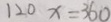
1 2 0 x = 3 6 0